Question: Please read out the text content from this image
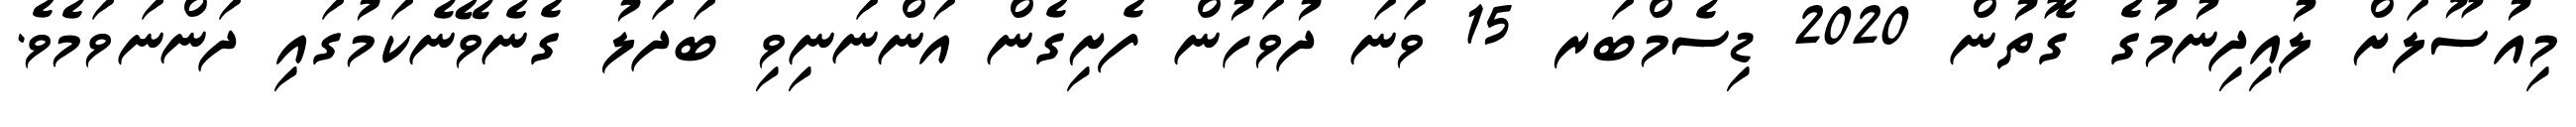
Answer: މިއުސޫލަށް ލުއިދިނުމުގެ ގޮތުން 2020 ޑިސެމްބަރ 15 ވަނަ ދުވަހުން ފެށިގެން އަންނަނިވި ބަދަލު ގެނެވޭނެކަމުގައި ދަންނަވަމެވެ.